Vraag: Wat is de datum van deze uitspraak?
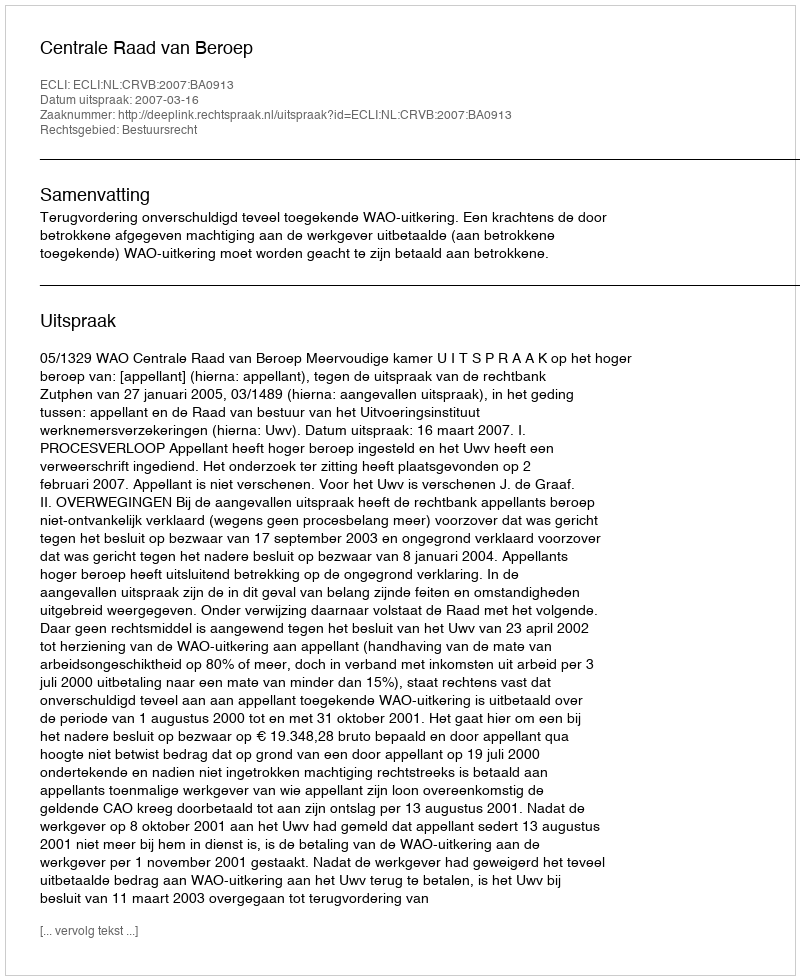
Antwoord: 2007-03-16